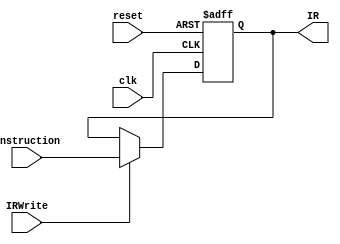
module InstructionRegister (
	input wire clk,
	input wire reset,
	input IRWrite,
	input wire [31:0] instruction,
	output reg [31:0] IR
);

always @(posedge clk or posedge reset) begin
    if (reset) begin
        IR <= 32'h0;
    end else begin
	if(IRWrite)
	        IR <= instruction;
	end
end

endmodule